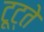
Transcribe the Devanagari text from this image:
टूट्ते